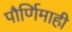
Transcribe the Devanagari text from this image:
पौर्णिमाही